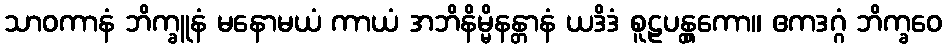
သာဝကာနံ ဘိက္ခူနံ မနောမယံ ကာယံ အဘိနိမ္မိနန္တာနံ ယဒိဒံ စူဠပန္တွကော။ ဧကဒဂ္ဂံ ဘိက္ခဝေ